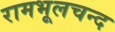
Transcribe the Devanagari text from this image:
रामभूलचन्द